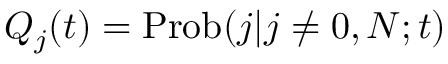
Q _ { j } ( t ) = \mathrm { P r o b } ( j | j \neq 0 , N ; t )